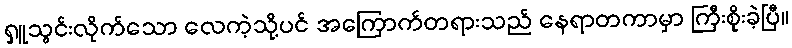
ရှူသွင်းလိုက်သော လေကဲ့သို့ပင် အကြောက်တရားသည် နေရာတကာမှာ ကြီးစိုးခဲ့ပြီ။